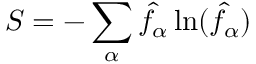
S = - \sum _ { \alpha } \hat { f _ { \alpha } } \ln ( \hat { f _ { \alpha } } )